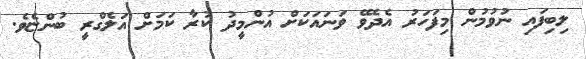
ލިބިފައި ނުވުމުން މިފަހަރު އެދެވޭ ވަނައަކަށް އުންމީދު ކުރާ ކަމަށް އަލެގްރީ ބުންޏެވެ.